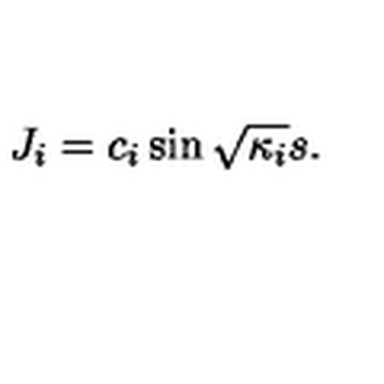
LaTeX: J _ { i } = c _ { i } \sin \sqrt { \kappa _ { i } } s .